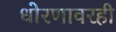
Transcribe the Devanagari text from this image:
धोरणावरही